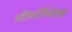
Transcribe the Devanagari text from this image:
जीवहिंसेचे